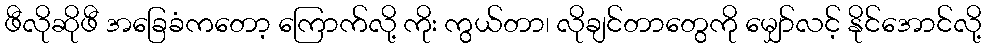
ဖီလိုဆိုဖီ အခြေခံကတော့ ကြောက်လို့ ကိုး ကွယ်တာ၊ လိုချင်တာတွေကို မျှော်လင့် နိုင်အောင်လို့